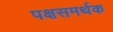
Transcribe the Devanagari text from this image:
पक्षसमर्थक